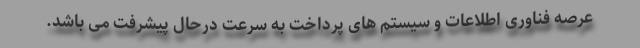
عرصه فناوری اطلاعات و سیستم های پرداخت به سرعت درحال پیشرفت می باشد.